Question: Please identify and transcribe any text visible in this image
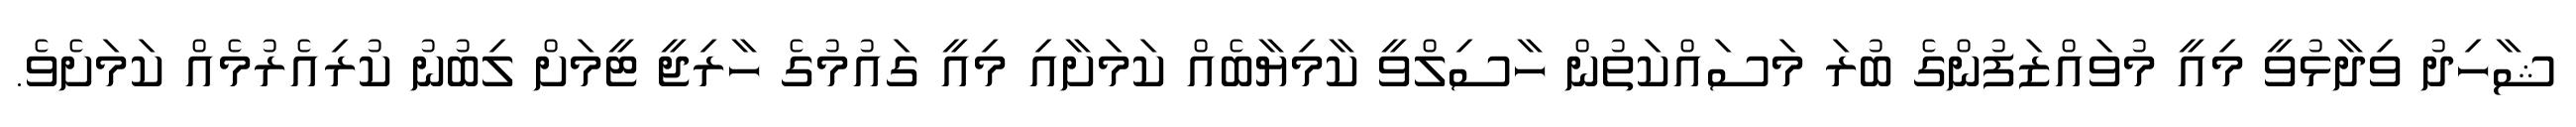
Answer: ޝާހިދު ވިދާޅުވީ މިއީ މުވައްޒަފުންގެ ބުރަ މަސައްކަތުން ހާސިލްވީ ކާމިޔާބެއް ކަމަށާއި މިއީ ގައުމުގެ ހާރިޖީ ޓީމަށް ލިބުނު ކުރިއެރުމެއް ކަމަށެވެ.